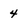
Character: 4